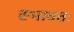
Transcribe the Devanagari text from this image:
स्भावतः